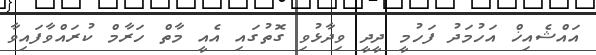
އައްޝެއިޚް އަހުމަދު ފަހުމީ ދީދީ ވިދާޅުވި ގޮތުގައި އެއީ މާތް ހަރާމް ކުރައްވާފައިވާ